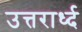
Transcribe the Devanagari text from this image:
उत्तरार्ध्द